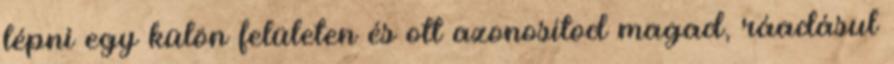
lépni egy külön felületen és ott azonosítod magad, ráadásul